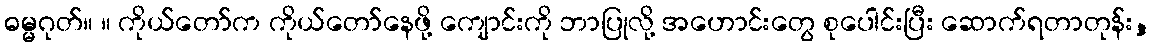
ဓမ္မဂုတ်။ ။ ကိုယ်တော်က ကိုယ်တော်နေဖို့ ကျောင်းကို ဘာပြုလို့ အဟောင်းတွေ စုပေါင်းပြီး ဆောက်ရတာတုန်း,